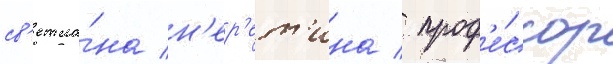
св'етла́на н'ер'ет'ина / проф'е́ссор